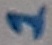
Text: 1